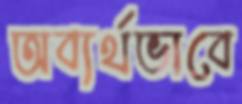
অব্যর্থভাবে